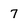
Character: 7